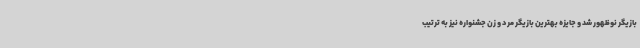
بازیگر نوظهور شد و جایزه بهترین بازیگر مرد و زن جشنواره نیز به ترتیب